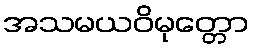
အသမယဝိမုတ္တော